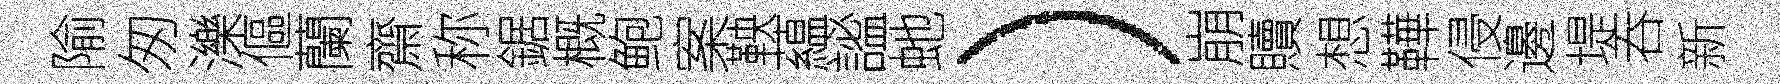
隃匆濼傴蘭齋称鋸概鲍案鞅藴謐虵）崩贖想鞾侵邊堤吞新